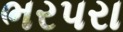
ભરપરા